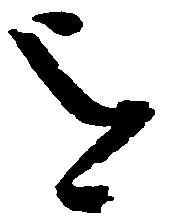
を